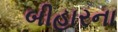
બીહારના